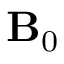
\mathbf { B } _ { 0 }